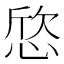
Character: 𢜛